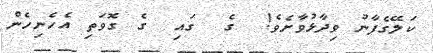
ކަލޭގެފާނު ވިދާޅުވާށެވެ!  ގެ  ގައި  ގެ ގޮވަތި އެހެނިހެން